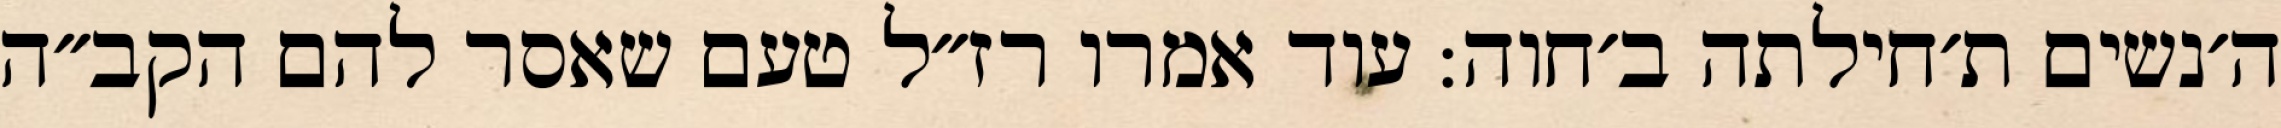
ה׳נשים ת׳חילתה ב׳חוה: עוד אמרו רז״ל טעם שאסר להם הקב״ה